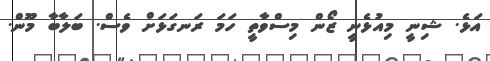
އަޅެ. ޝިނީ މިއުޅެނީ ޒޯން މިސްވާތީ ހަމަ ރަނގަޅަށް ވެސް. ބަލާބާ މޫން.